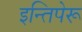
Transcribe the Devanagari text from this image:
इन्तिपेरू